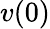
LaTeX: v(0)